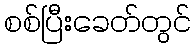
စစ်ပြီးခေတ်တွင်